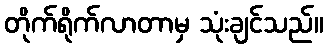
တိုက်ရိုက်လာတာမှ သုံးချင်သည်။